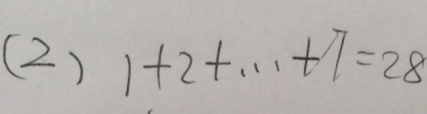
( 2 ) 1 + 2 + \cdots + 7 = 2 8